Scientific memoirs by medical officers of the Army of India - Part III,
Year: 1887
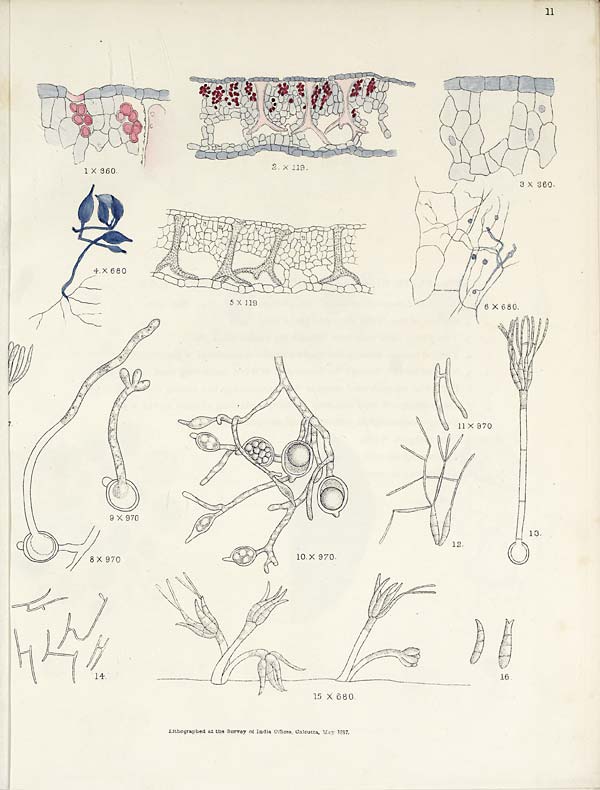
11
Lithographed at the Survey of India Offices, Calcutta, May 1887.